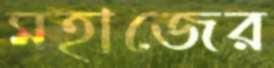
মহাজের